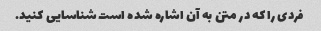
فردی را که در متن به آن اشاره شده است شناسایی کنید.